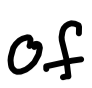
Text: of
Cross-out: clean
Writing tool: digital_black